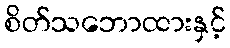
စိတ်သဘောထားနှင့်